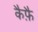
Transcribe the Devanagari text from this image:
कैफ़ै